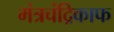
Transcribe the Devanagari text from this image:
मंत्रचंद्रिकाफ